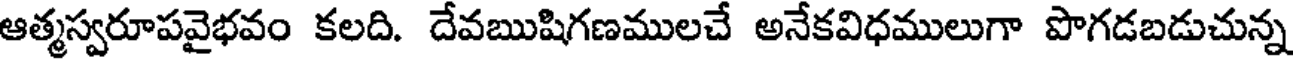
ఆత్మస్వరూపవైభవం కలది. దేవఋషిగణములచే అనేకవిధములుగా పొగడబడుచున్న